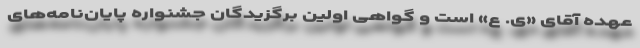
عهده آقای «ی. ع» است و گواهی اولین برگزیدگان جشنواره پایان‌نامه‌های